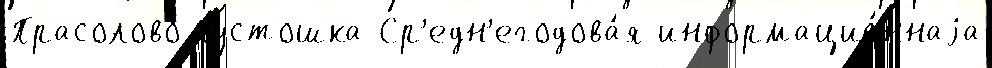
Прасолово Пустошка Ср'едн'егодова́я информацио́ннаjа